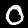
Digit: 0